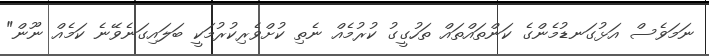
ނަމަވެސް އަޅުގަނޑުމެންގެ ކަންތައްތައް ތަހުގީގު ކުރުމެއް ނެތި ކުށްވެރިކުރުމަކީ ބަލައިގަނެވޭނެ ކަމެއް ނޫން"